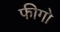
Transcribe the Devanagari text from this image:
फीगो